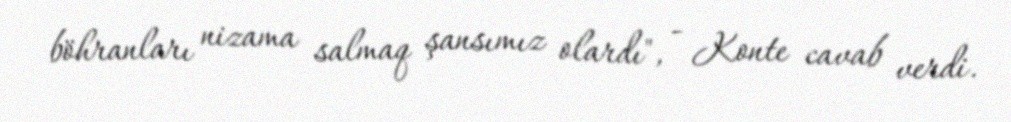
böhranları nizama salmaq şansımız olardı", - Konte cavab verdi.